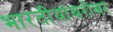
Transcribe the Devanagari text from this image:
भारतीयांबरोबर